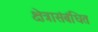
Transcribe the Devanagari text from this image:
क्षेत्रासंबंधित